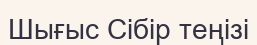
Шығыс Сібір теңізі